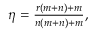
\begin{array} { r } { \eta = \frac { r ( m + n ) + m } { n ( m + n ) + m } , } \end{array}